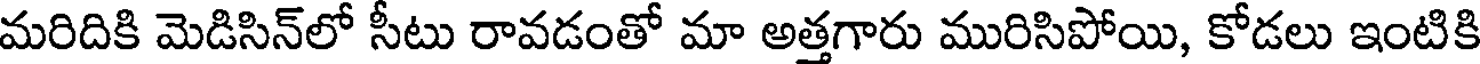
మరిదికి మెడిసిన్లో సీటు రావడంతో మా అత్తగారు మురిసిపోయి, కోడలు ఇంటికి